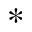
*